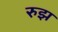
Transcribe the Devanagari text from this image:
रुझ